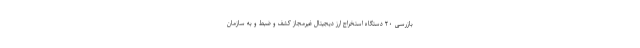
بازرسی ۲۰ دستگاه استخراج ارز دیجیتال غیرمجاز کشف و ضبط و به سازمان